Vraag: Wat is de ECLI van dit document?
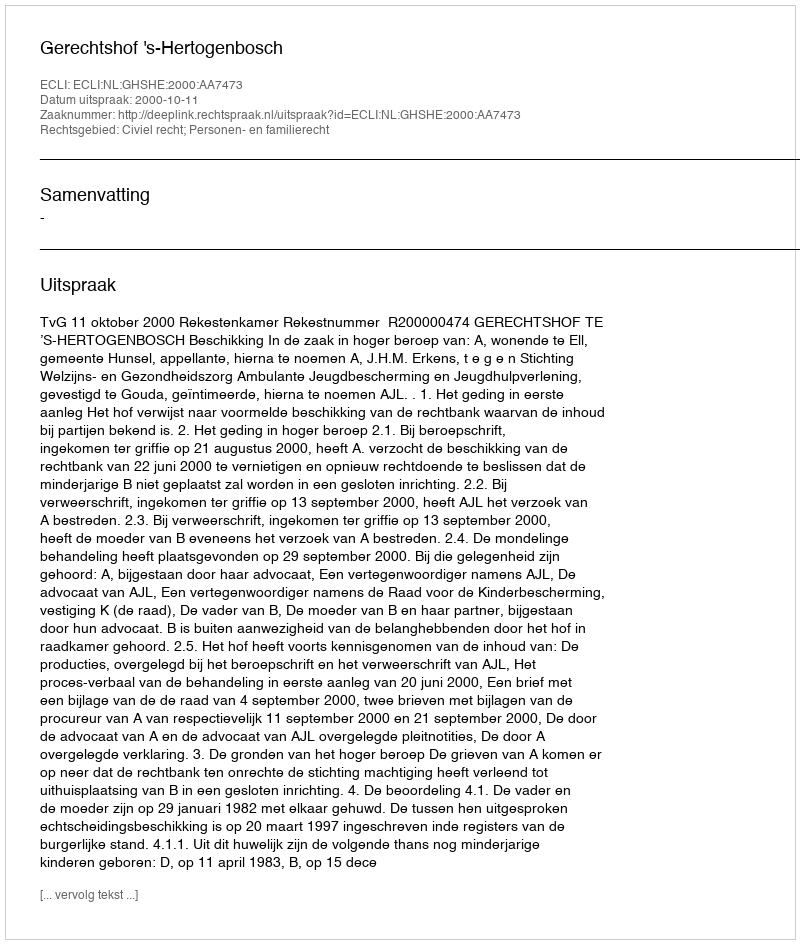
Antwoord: ECLI:NL:GHSHE:2000:AA7473